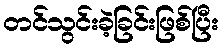
တင်သွင်းခဲ့ခြင်းဖြစ်ပြီး